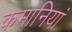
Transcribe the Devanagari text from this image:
कमानियां